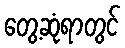
တွေ့ဆုံရာတွင်